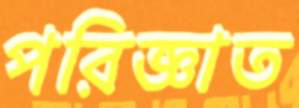
পরিজ্ঞাত